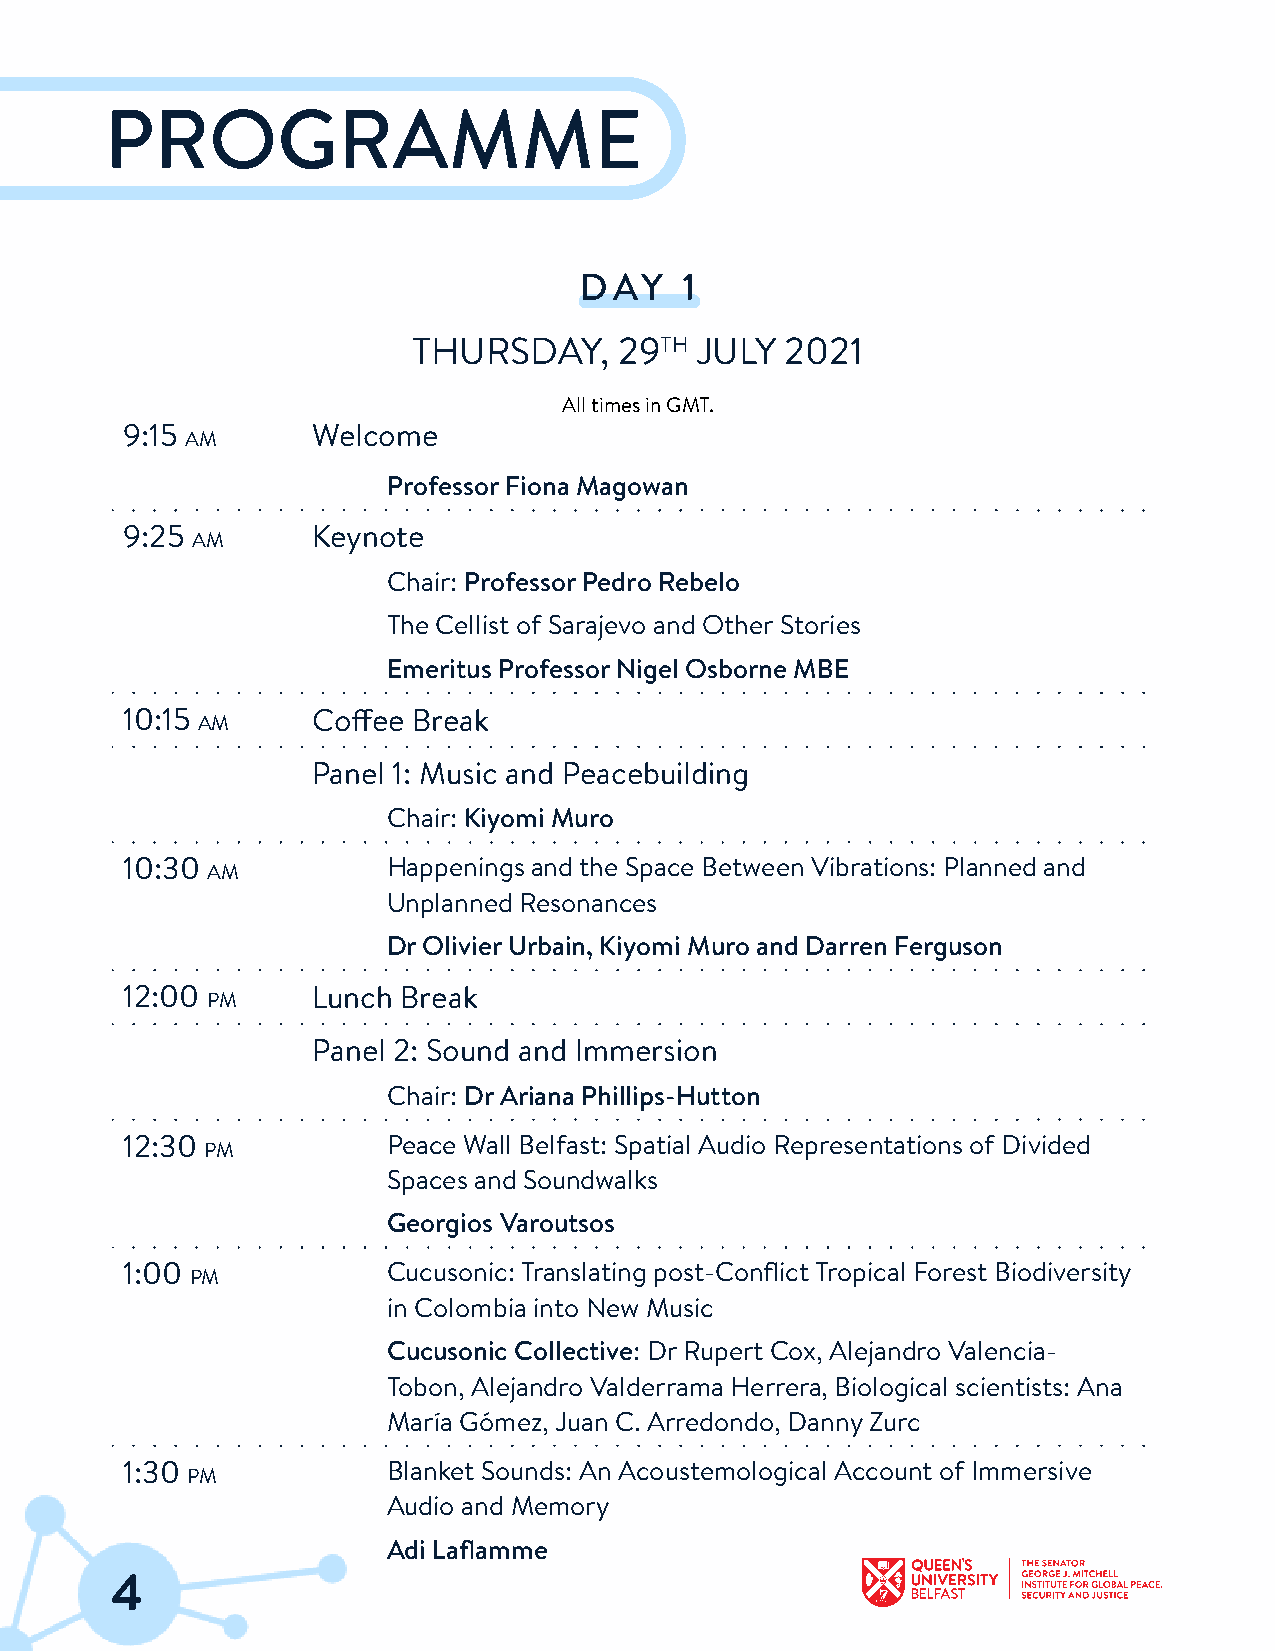
PROGRAMME
 DAY    1
 THURSDAY,     29TH JULY  2021
 AlltimesinGMT.
 9:15         Welcome
 AM
 ProfessorFiona Magowan
 9:25         Keynote
 AM
 Chair: ProfessorPedro Rebelo
 The Cellist of Sarajevo and OtherStories
 Emeritus ProfessorNigel Osborne MBE
 10:15        Coffee Break
 AM
 Panel 1: Music and Peacebuilding
 Chair: Kiyomi Muro
 10:30             Happenings andthe Space Between Vibrations: Planned and
 AM
 Unplanned Resonances
 DrOlivierUrbain, Kiyomi Muro and Darren Ferguson
 12:00        Lunch Break
 PM
 Panel 2: Sound and Immersion
 Chair: DrAriana Phillips-Hutton
 12:30             Peace Wall Belfast: Spatial Audio Representations of Divided
 PM
 Spaces and Soundwalks
 Georgios Varoutsos
 1:00              Cucusonic:Translating post-ConflictTropical Forest Biodiversity
 PM
 in Colombia into New Music
 Cucusonic Collective: DrRupert Cox, Alejandro Valencia-
 Tobon, Alejandro Valderrama Herrera, Biological scientists: Ana
 María Gómez, Juan C. Arredondo, DannyZurc
 1:30              Blanket Sounds: An Acoustemological Account of Immersive
 PM
 Audio and Memory
 Adi Laflamme
 4